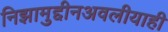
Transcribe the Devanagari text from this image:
निझामुद्दीनअवलीयाही